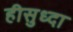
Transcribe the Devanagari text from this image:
हीसुध्दा